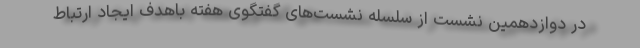
در دوازدهمین نشست از سلسله نشست‌های گفتگوی هفته باهدف ایجاد ارتباط